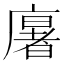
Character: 𢋂